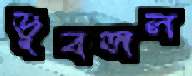
ডুবজল